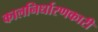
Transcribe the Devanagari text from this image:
कालनिर्धारणकारी